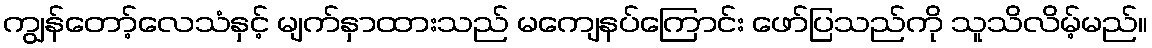
ကျွန်တော့်လေသံနှင့် မျက်နှာထားသည် မကျေနပ်ကြောင်း ဖော်ပြသည်ကို သူသိလိမ့်မည်။